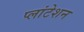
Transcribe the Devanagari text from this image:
प्लांटेशन